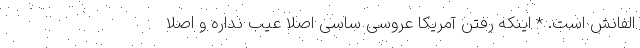
الفانش است. * اینکه رفتن آمریکا عروسیِ ساسی اصلا عیب نداره و اصلا